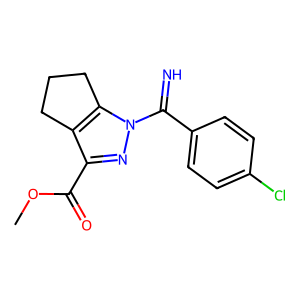
SMILES: COC(=O)c1nn(C(=N)c2ccc(Cl)cc2)c2c1CCC2
Inhibits HIV replication: No